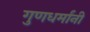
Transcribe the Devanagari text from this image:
गुणधर्मांनी